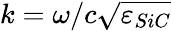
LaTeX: k=\omega/c\sqrt{\varepsilon_{SiC}}